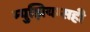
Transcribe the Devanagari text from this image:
म्युझियम्सही